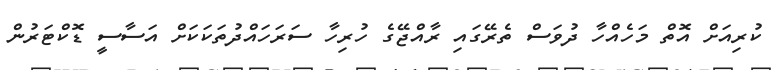
ކުރިއަށް އޮތް މަހެއްހާ ދުވަސް ތެރޭގައި ރާއްޖޭގެ ހުރިހާ ސަރަހައްދުތަކަކަށް އަސާސީ ޑޮކްޓަރުން